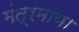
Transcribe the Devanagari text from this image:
मंत्रमाया